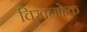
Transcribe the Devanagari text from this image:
चिखलफेक